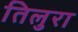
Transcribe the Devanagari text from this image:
तिलुरा